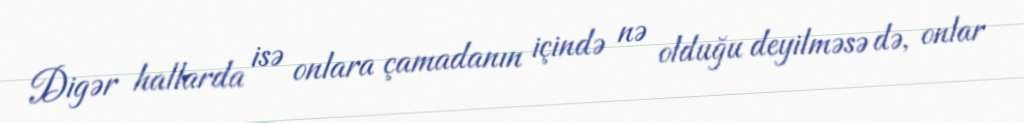
Digər hallarda isə onlara çamadanın içində nə olduğu deyilməsə də, onlar